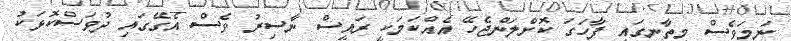
ނަމަވެސް މިތާނގައި ފާހަގަ ކޮށްލަންޖެހޭ އެއްކަމަކީ ރައީސް ނާސިރު ވެސް އެގޭގައި ދުވަސްކޮޅަކު